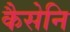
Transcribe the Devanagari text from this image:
कैसेनि